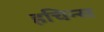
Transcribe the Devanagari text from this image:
हचिन्स